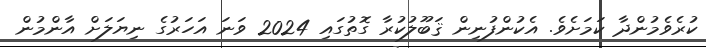
ކުރެވެމުންދާ ކަމަށެވެ. އެކުންފުނިން ޤަބޫލުކުރާ ގޮތުގައި 2024 ވަނަ އަހަރުގެ ނިޔަލަށް އާންމުން